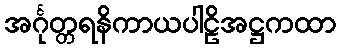
အင်္ဂုတ္တရနိကာယပါဠိအဋ္ဌကထာ